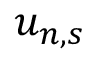
u _ { n , s }